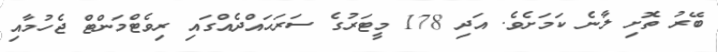
ބޭރު ތޮށި ލާނެ ކަމަށެވެ. އަދި 178 މީޓަރުގެ ސަރަޙައްދެއްގައި ރިވެޓްމަންޓް ޖެހުމާއި